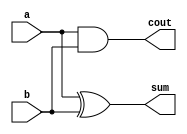
module half_adder( a,b, sum, cout );
input a,b;
output sum, cout;
xor xor_1 (sum,a,b);
and and_1 (cout,a,b);
endmodule